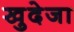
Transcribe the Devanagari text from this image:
खुदेजा